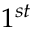
1 ^ { s t }